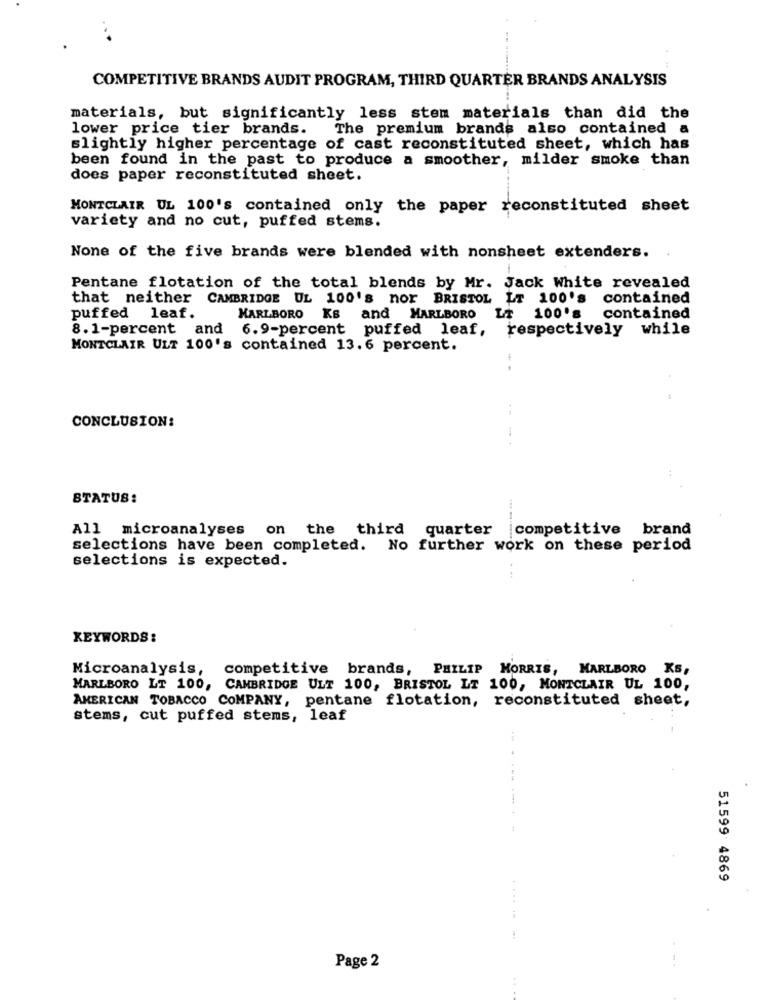
COMPETITIVE BRANDS AUDIT PROGRAM, THIRD QUARTER BRANDS ANALYSIS
materials, but significantly less stem materials than did the
lower price tier brands.
The premium brands also contained a
slightly higher percentage of cast reconstituted sheet, which has
been found in the past to produce a smoother, milder smoke than
does paper reconstituted sheet.
MONTCLAIR UL 100's contained only the paper reconstituted sheet
variety and no cut, puffed stems.
None of the five brands were blended with nonsheet extenders.
Pentane flotation of the total blends by Mr. Jack White revealed
that neither CAMBRIDGE UL 100's nor BRISTOL LT 100's contained
Ks
and MARLBORO LT
puffed leaf.
MARLBORO
100's
contained
8.1-percent and
6.9-percent puffed leaf, respectively while
MONTCLAIR ULT 100's contained 13.6 percent.
CONCLUSION:
STATUS:
All microanalyses on the third quarter competitive brand
selections have been completed. No further work on these period
selections is expected.
KEYWORDS:
Microanalysis, competitive brands, PHILIP MORRIS,
MARLBORO KS,
MARLBORO LT 100, CAMBRIDGE ULT 100, BRISTOL LT 100, MONTCLAIR UL 100,
AMERICAN TOBACCO COMPANY, pentane flotation, reconstituted sheet,
stems, cut puffed stems, leaf
---
51599 4869
Page 2